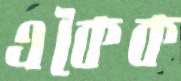
একৈক